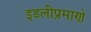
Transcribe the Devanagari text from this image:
इडलीप्रमाणे